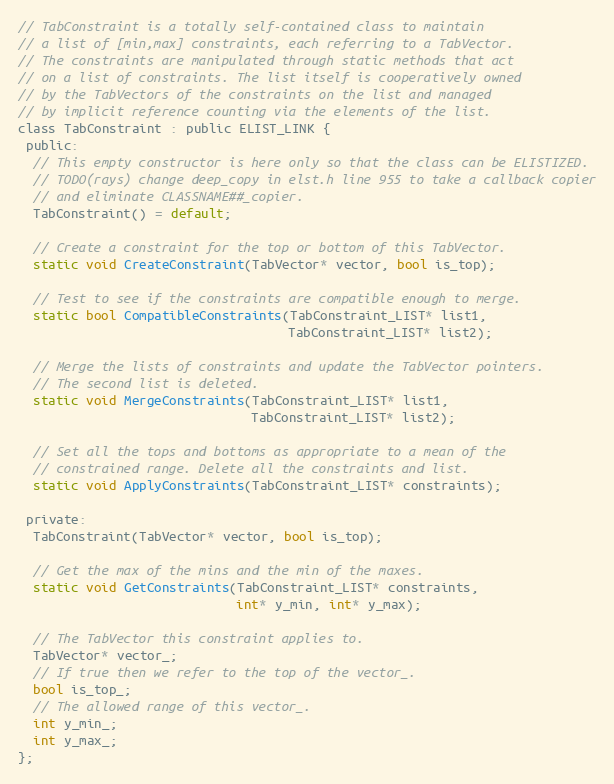
Language: C
// TabConstraint is a totally self-contained class to maintain
// a list of [min,max] constraints, each referring to a TabVector.
// The constraints are manipulated through static methods that act
// on a list of constraints. The list itself is cooperatively owned
// by the TabVectors of the constraints on the list and managed
// by implicit reference counting via the elements of the list.
class TabConstraint : public ELIST_LINK {
 public:
  // This empty constructor is here only so that the class can be ELISTIZED.
  // TODO(rays) change deep_copy in elst.h line 955 to take a callback copier
  // and eliminate CLASSNAME##_copier.
  TabConstraint() = default;

  // Create a constraint for the top or bottom of this TabVector.
  static void CreateConstraint(TabVector* vector, bool is_top);

  // Test to see if the constraints are compatible enough to merge.
  static bool CompatibleConstraints(TabConstraint_LIST* list1,
                                    TabConstraint_LIST* list2);

  // Merge the lists of constraints and update the TabVector pointers.
  // The second list is deleted.
  static void MergeConstraints(TabConstraint_LIST* list1,
                               TabConstraint_LIST* list2);

  // Set all the tops and bottoms as appropriate to a mean of the
  // constrained range. Delete all the constraints and list.
  static void ApplyConstraints(TabConstraint_LIST* constraints);

 private:
  TabConstraint(TabVector* vector, bool is_top);

  // Get the max of the mins and the min of the maxes.
  static void GetConstraints(TabConstraint_LIST* constraints,
                             int* y_min, int* y_max);

  // The TabVector this constraint applies to.
  TabVector* vector_;
  // If true then we refer to the top of the vector_.
  bool is_top_;
  // The allowed range of this vector_.
  int y_min_;
  int y_max_;
};